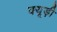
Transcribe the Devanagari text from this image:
क्यूड़ी